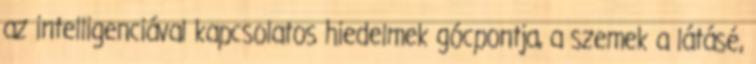
az intelligenciával kapcsolatos hiedelmek gócpontja, a szemek a látásé,